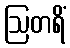
ဩတရိံ